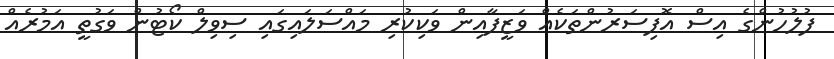
ފުލުހުންގެ އިސް އޮފިސަރުންތަކެއް ވަޒީފާއިން ވަކިކުރި މައްސަލައިގައި ސިވިލް ކޯޓުން ވަގުތީ އަމުރެއް